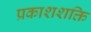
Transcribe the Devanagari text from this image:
प्रकाशशक्ति